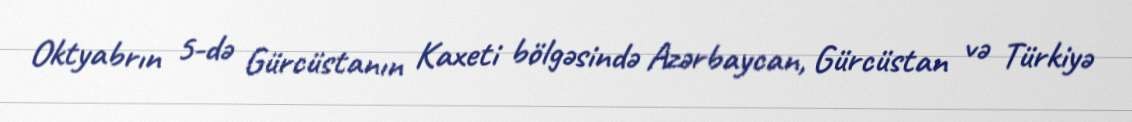
Oktyabrın 5-də Gürcüstanın Kaxeti bölgəsində Azərbaycan, Gürcüstan və Türkiyə